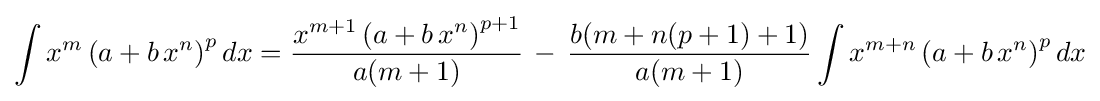
\int x^{m}\left(a+b\,x^{n}\right)^{p}dx={\frac {x^{m+1}\left(a+b\,x^{n}\right)^{p+1}}{a(m+1)}}\,-\,{\frac {b(m+n(p+1)+1)}{a(m+1)}}\int x^{m+n}\left(a+b\,x^{n}\right)^{p}dx